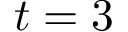
t = 3